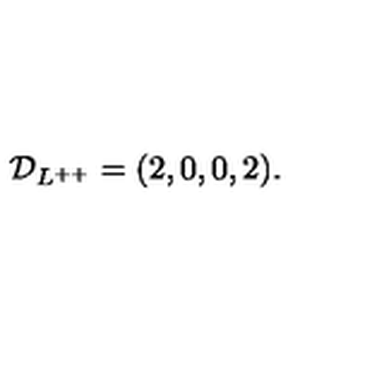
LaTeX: { \cal D } _ { L ^ { + + } } = ( 2 , 0 , 0 , 2 ) .